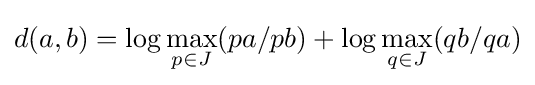
d(a,b)=\log {\underset {p\in J}{\max }}(pa/pb)+\log {\underset {q\in J}{\max }}(qb/qa)